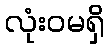
လုံးဝမရှိ